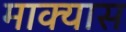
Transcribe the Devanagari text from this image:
माक्यास